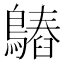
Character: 𪄻